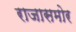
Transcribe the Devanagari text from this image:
राजासमोर